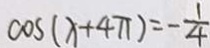
\cos ( x + 4 \pi ) = - \frac { 1 } { 4 }